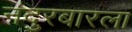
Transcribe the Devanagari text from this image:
नंदुरबारला